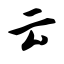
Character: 云